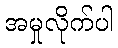
အမှုလိုက်ပါ